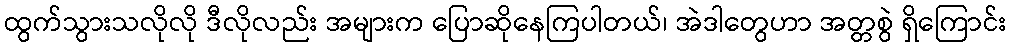
ထွက်သွားသလိုလို ဒီလိုလည်း အများက ပြောဆိုနေကြပါတယ်၊ အဲဒါတွေဟာ အတ္တစွဲ ရှိကြောင်း